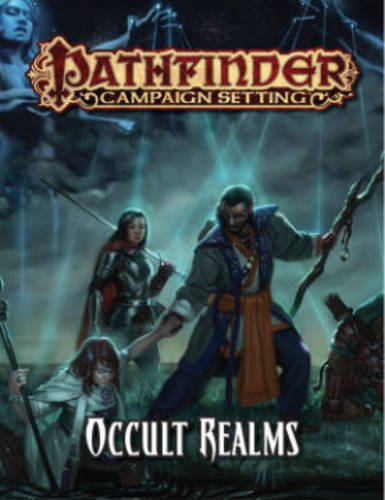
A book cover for Pathfinder Campaign Setting: Occult Realms (Pathfinder Roleplaying Game); Paizo; Science Fiction & Fantasy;